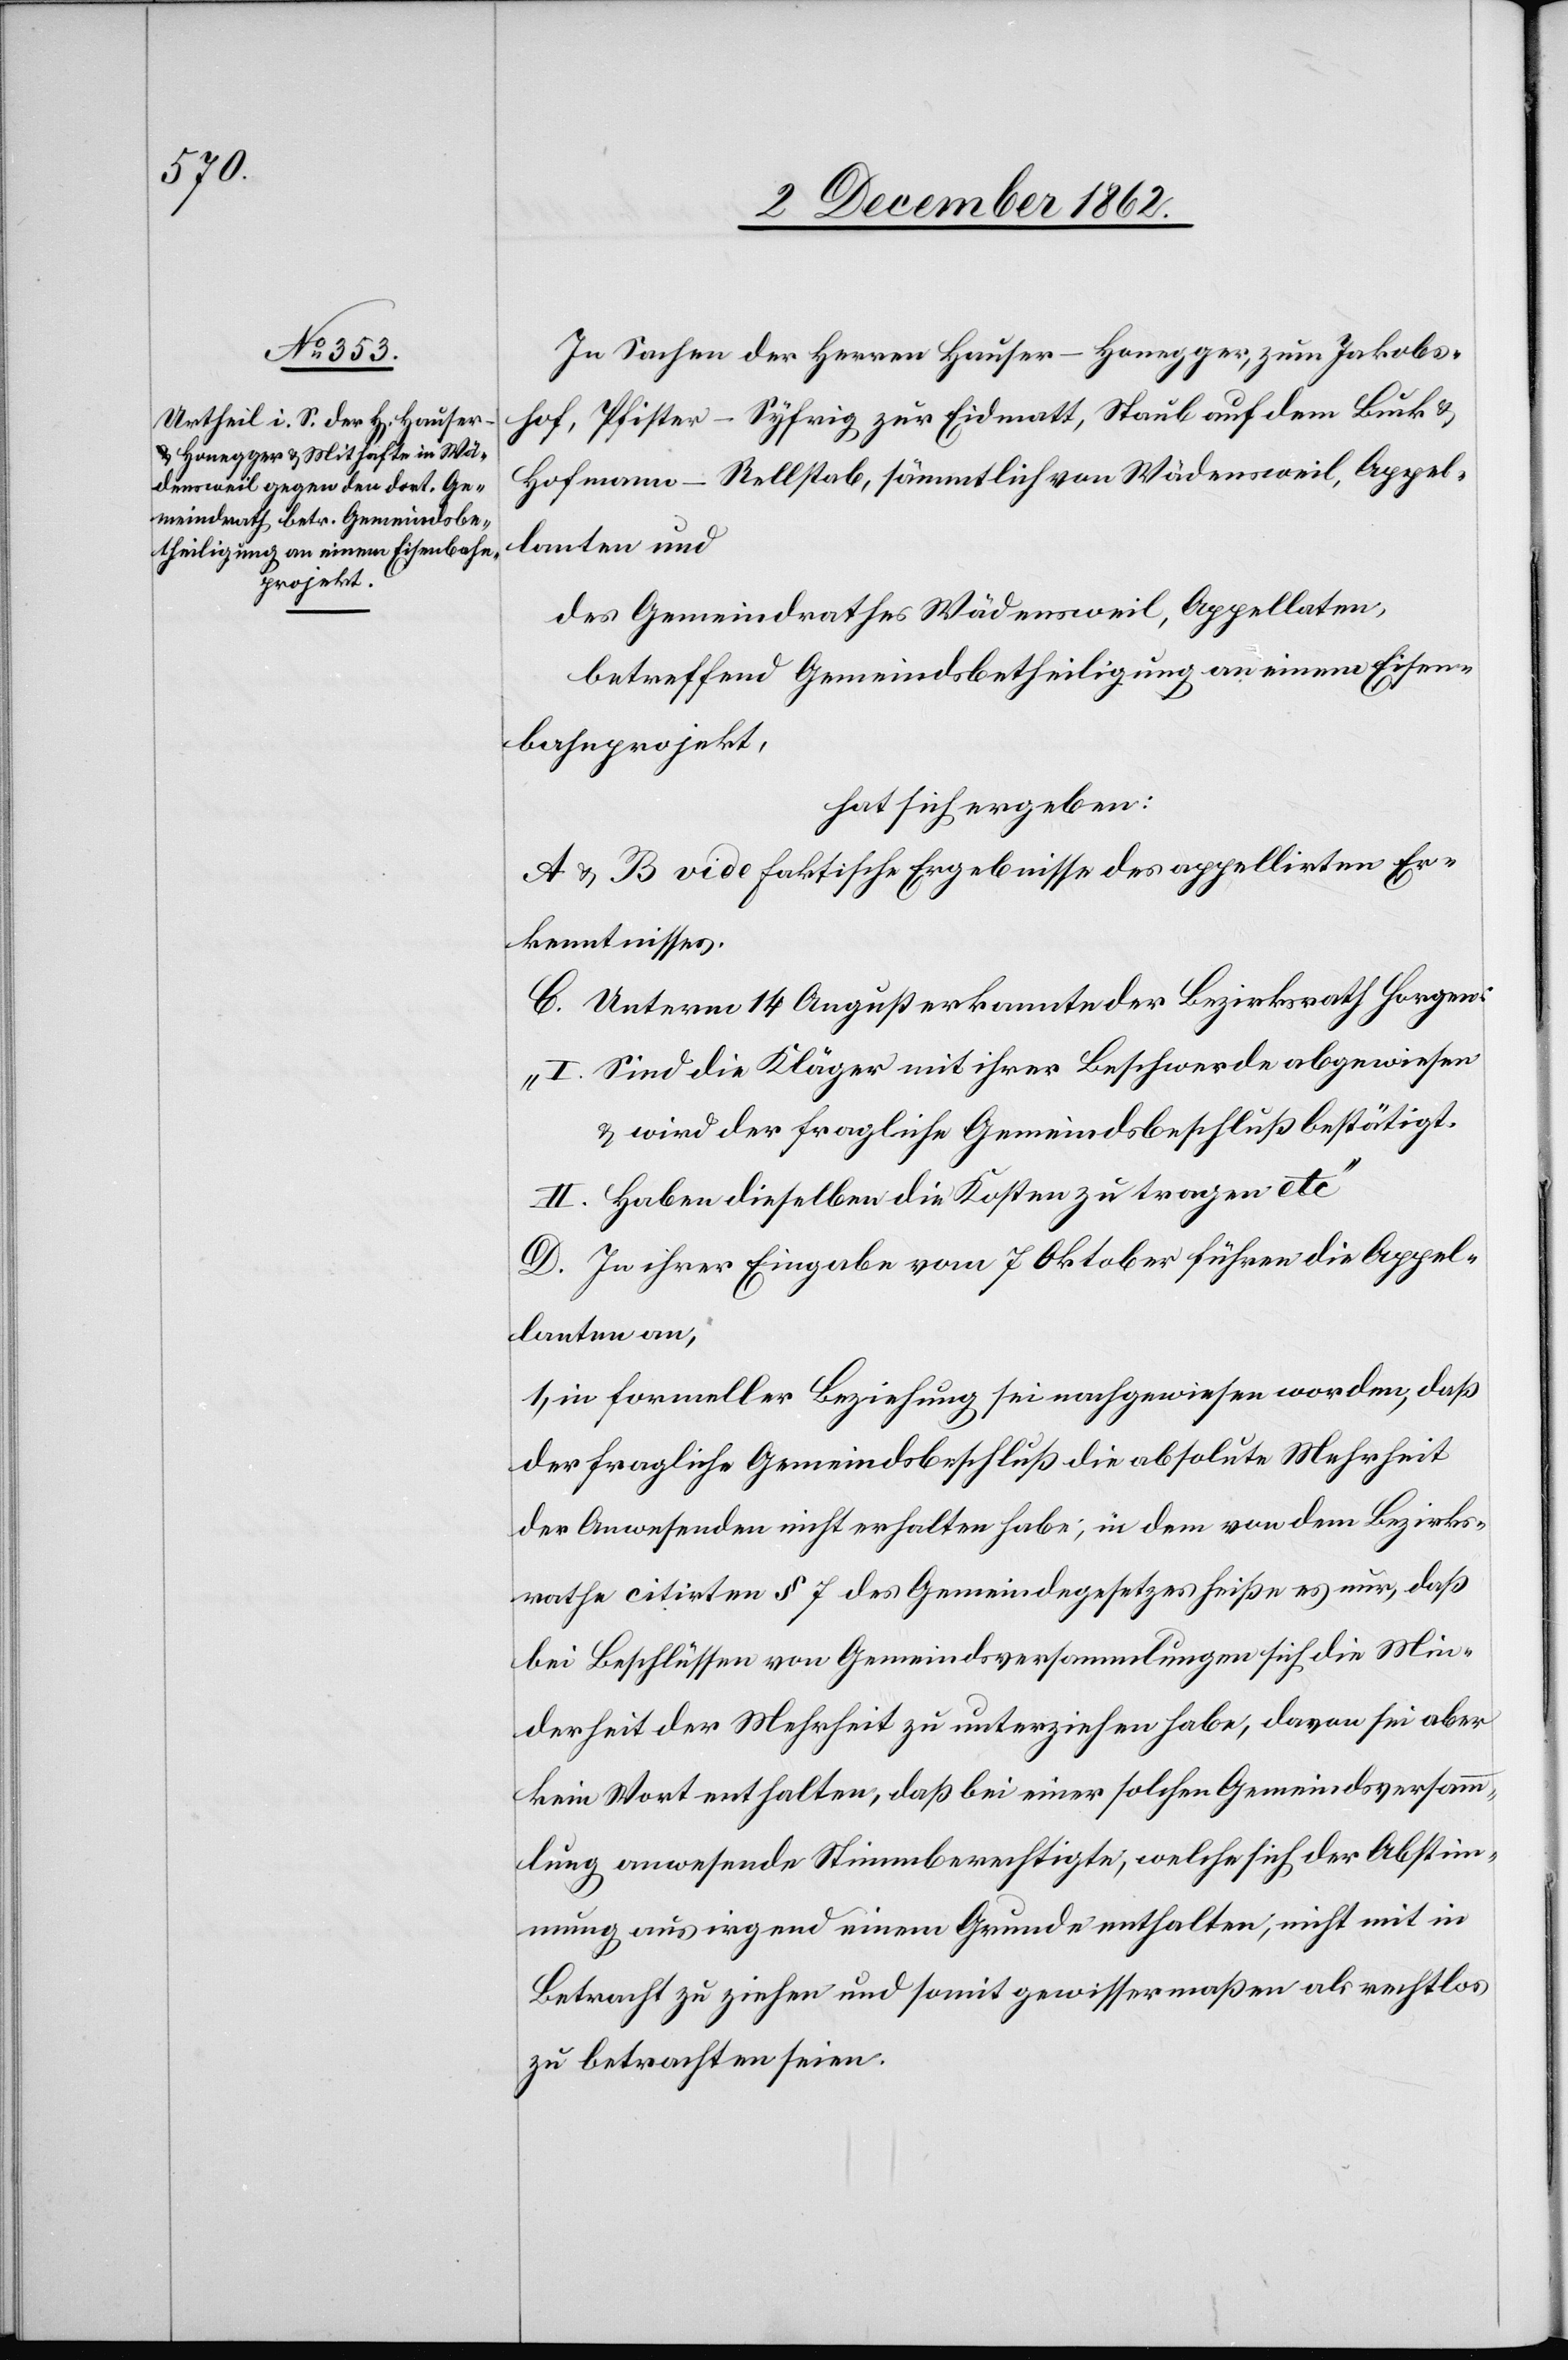
In Sachen der Herren Hauser – Honegger, zum Jakobs¬
hof, Pfister – Syfrig zur Eidmatt, Staub auf dem Buck u.
Hofmann – Rellstab, sämmtlich von Wädensweil, Appel¬
lanten und
des Gemeindrathes Wädensweil, Appellaten,
betreffend Gemeindsbetheiligung an einem Eisen¬
bahnprojekt,
hat sich ergeben:
A u. B vide faktische Ergebnisse des appellirten Er¬
kenntnisses.
C. Unterm 14. August erkannte der Bezirksrath Horgen:
„I. Sind die Kläger mit ihrer Beschwerde abgewiesen
u. wird der fragliche Gemeindsbeschluß bestätigt.
II. Haben dieselben die Kosten zu tragen etc.“
D. In ihrer Eingabe vom 7. Oktober führen die Appel¬
lanten an,
1. in formeller Beziehung sei nachgewiesen worden, daß
der fragliche Gemeindsbeschluß die absolute Mehrheit
der Anwesenden nicht erhalten habe, in dem von dem Bezirks¬
rathe citirten § 7 des Gemeindegesetzes heiße es nur, daß
bei Beschlüssen von Gemeindsversammlungen sich die Min¬
derheit der Mehrheit zu unterziehen habe, davon sei aber
kein Wort enthalten, daß bei einer solchen Gemeindsversamm¬
lung anwesende Stimmberechtigte, welche sich der Abstim¬
mung aus irgend einem Grunde enthalten, nicht mit in
Betracht zu ziehen und somit gewissermaßen als rechtlos
zu betrachten seien.